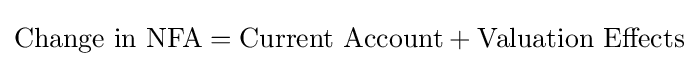
{\mbox{Change in NFA}}={\mbox{Current Account}}+{\mbox{Valuation Effects}}